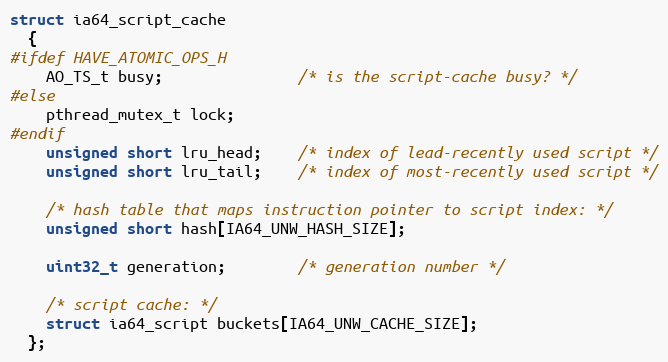
Language: C
struct ia64_script_cache
  {
#ifdef HAVE_ATOMIC_OPS_H
    AO_TS_t busy;               /* is the script-cache busy? */
#else
    pthread_mutex_t lock;
#endif
    unsigned short lru_head;    /* index of lead-recently used script */
    unsigned short lru_tail;    /* index of most-recently used script */

    /* hash table that maps instruction pointer to script index: */
    unsigned short hash[IA64_UNW_HASH_SIZE];

    uint32_t generation;        /* generation number */

    /* script cache: */
    struct ia64_script buckets[IA64_UNW_CACHE_SIZE];
  };